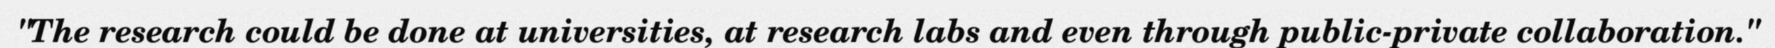
"The research could be done at universities, at research labs and even through public-private collaboration."